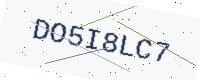
Text: DO5I8LC7